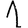
Digit: 1